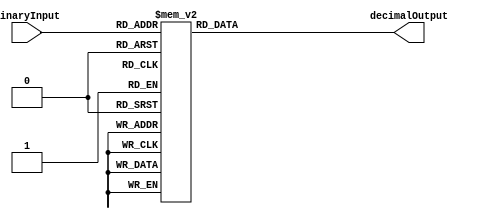
module DecimalDecoder (
    input [3:0] binaryInput,
    output reg [3:0] decimalOutput
);

always @(*) begin
    case(binaryInput)
        4'b0000: decimalOutput = 4'b0000; // decimal 0
        4'b0001: decimalOutput = 4'b0001; // decimal 1
        4'b0010: decimalOutput = 4'b0010; // decimal 2
        4'b0011: decimalOutput = 4'b0011; // decimal 3
        4'b0100: decimalOutput = 4'b0100; // decimal 4
        4'b0101: decimalOutput = 4'b0101; // decimal 5
        4'b0110: decimalOutput = 4'b0110; // decimal 6
        4'b0111: decimalOutput = 4'b0111; // decimal 7
        4'b1000: decimalOutput = 4'b1000; // decimal 8
        4'b1001: decimalOutput = 4'b1001; // decimal 9
        default: decimalOutput = 4'b1111; // invalid input
    endcase
end

endmodule